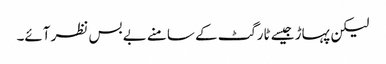
لیکن پہاڑ جیسے ٹارگٹ کے سامنے بے بس نظر آئے۔